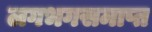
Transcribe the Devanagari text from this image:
लगभगसमाप्त